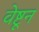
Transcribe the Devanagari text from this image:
वेष्टून